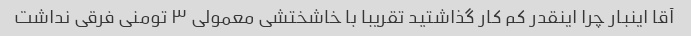
آقا اینبار چرا اینقدر کم کار گذاشتید تقریبا با خاشختشی معمولی ۳ تومنی فرقی نداشت